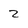
Character: 2